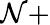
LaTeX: \mathcal{N}+